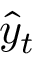
\hat { y } _ { t }